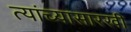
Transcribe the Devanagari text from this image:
त्यांच्यासारखी